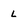
Character: L